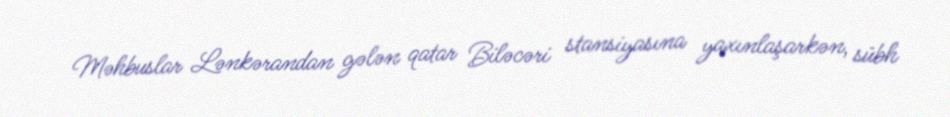
Məhbuslar Lənkərandan gələn qatar Biləcəri stansiyasına yaxınlaşarkən, sübh